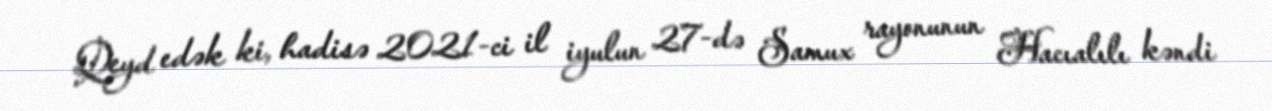
Qeyd edək ki, hadisə 2021-ci il iyulun 27-də Samux rayonunun Hacıalılı kəndi